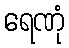
ရေဏုံ